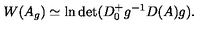
W ( A _ { g } ) \simeq \ln \det ( D _ { 0 } ^ { + } g ^ { - 1 } D ( A ) g ) .